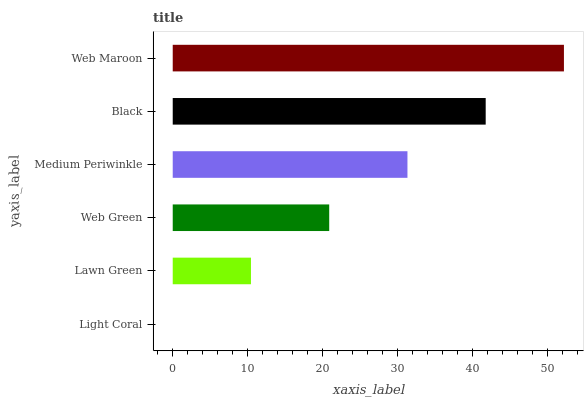
| yaxis_label | bars |
 | --- | --- |
 | Light Coral | 0 |
 | Lawn Green | 10.4 |
 | Web Green | 20.9 |
 | Medium Periwinkle | 31.3 |
 | Black | 41.8 |
 | Web Maroon | 52.2 |